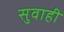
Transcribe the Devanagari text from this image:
सुवाही